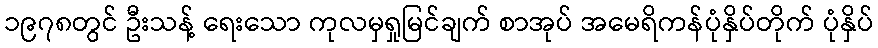
၁၉၇၈တွင် ဦးသန့် ရေးသော ကုလမှရှုမြင်ချက် စာအုပ် အမေရိကန်ပုံနှိပ်တိုက် ပုံနှိပ်